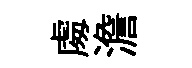
䖏澹